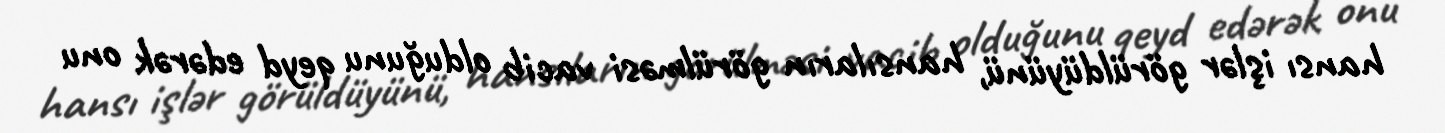
hansı işlər görüldüyünü, hansıların görülməsi vacib olduğunu qeyd edərək onu